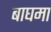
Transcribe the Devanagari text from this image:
बाघमा